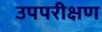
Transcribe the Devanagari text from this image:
उपपरीक्षण